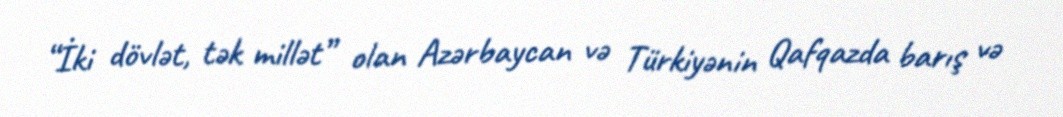
“İki dövlət, tək millət” olan Azərbaycan və Türkiyənin Qafqazda barış və